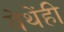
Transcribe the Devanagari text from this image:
येथेंही